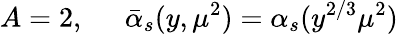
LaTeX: A=2,\; \; \; \; \; \bar{\alpha}_{s}(y,\mu^{2})=\alpha_{s}(y^{2/3}\mu^{2})